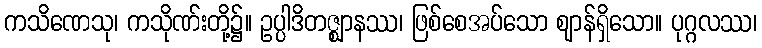
ကသိဏေသု၊ ကသိုဏ်းတို့၌။ ဥပ္ပါဒိတဇ္ဈာနဿ၊ ဖြစ်စေအပ်သော ဈာန်ရှိသော။ ပုဂ္ဂလဿ၊